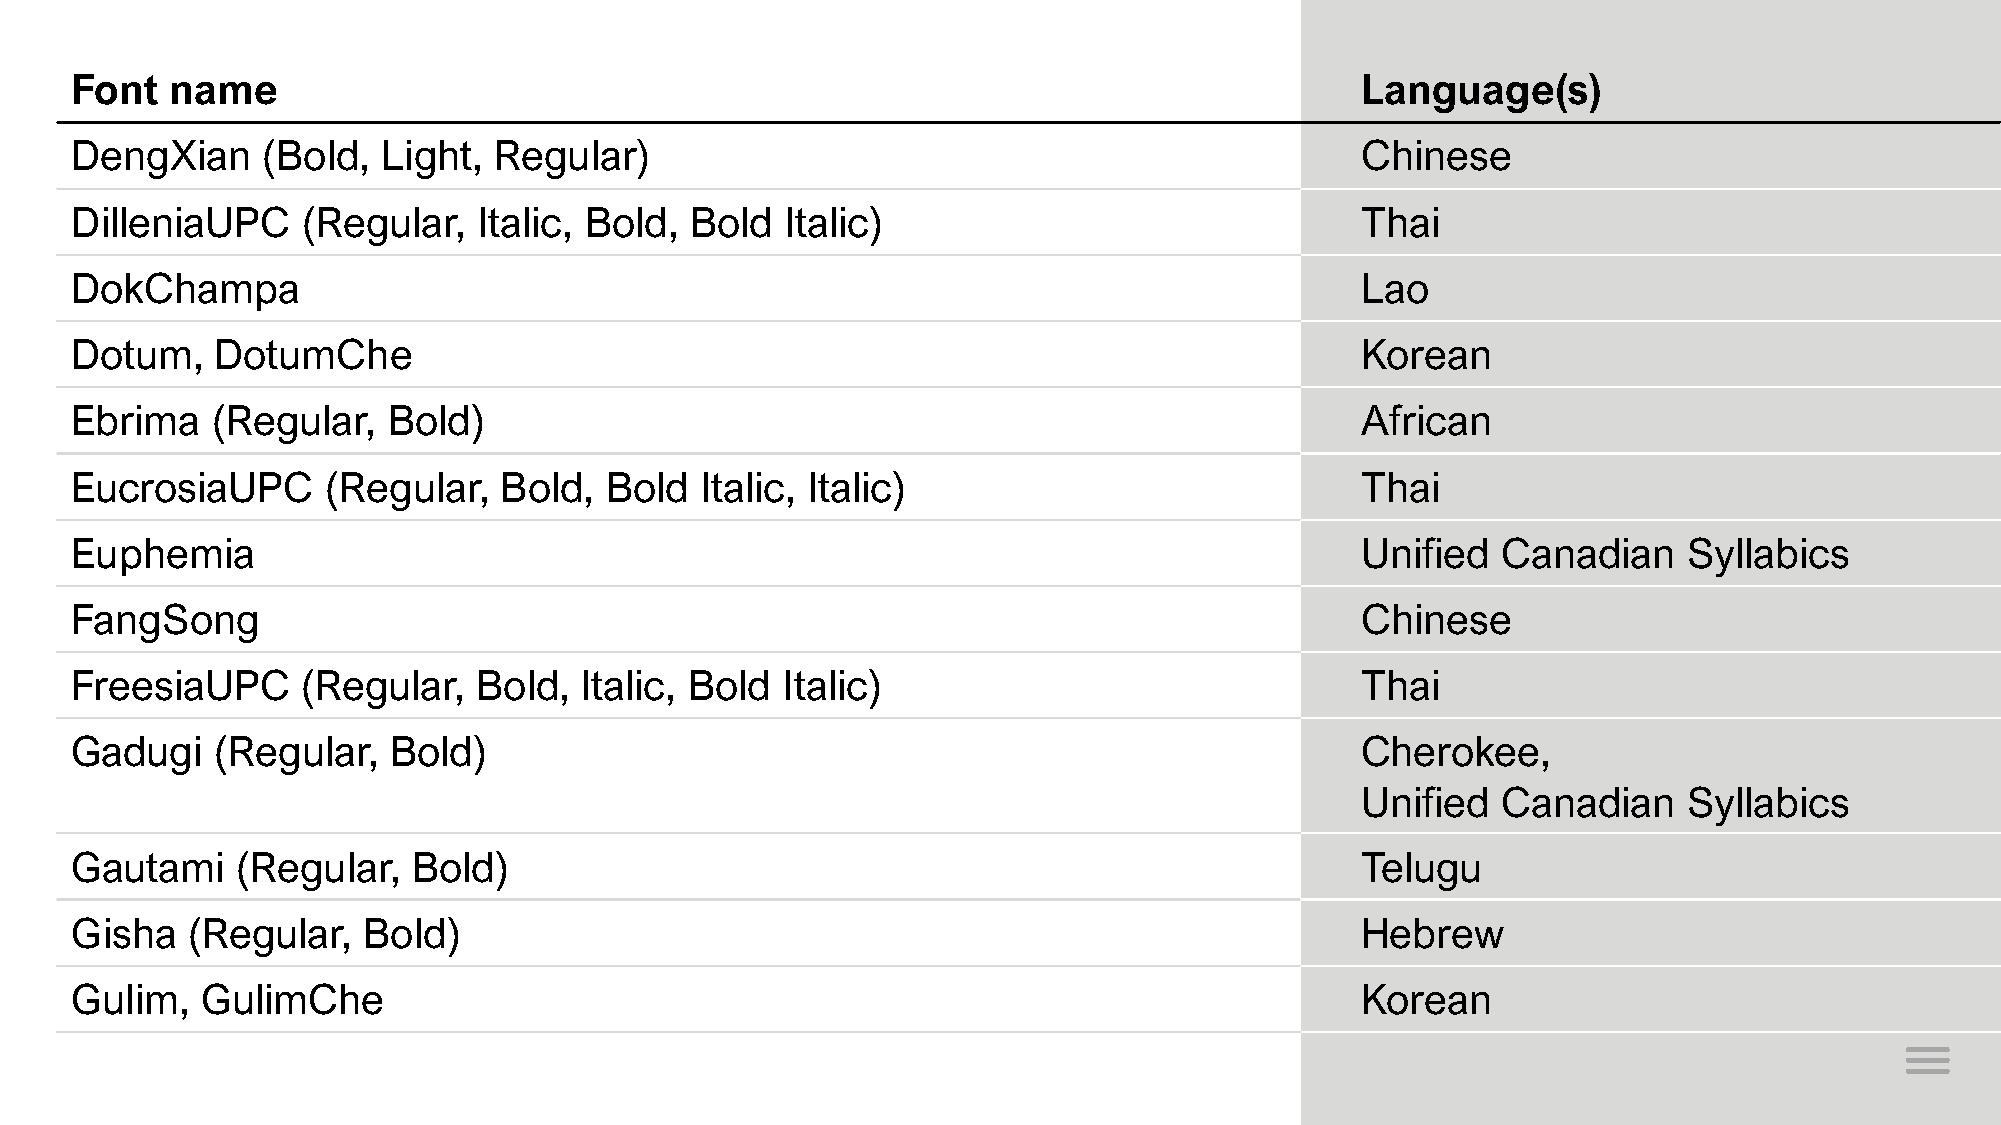
Font  name                                                                           Language(s)
 DengXian    (Bold,  Light,  Regular)                                                 Chinese
 DilleniaUPC    (Regular,   Italic, Bold, Bold  Italic)                               Thai
 DokChampa                                                                            Lao
 Dotum,   DotumChe                                                                    Korean
 Ebrima   (Regular,   Bold)                                                           African
 EucrosiaUPC      (Regular,  Bold,  Bold  Italic, Italic)                             Thai
 Euphemia                                                                             Unified  Canadian     Syllabics
 FangSong                                                                             Chinese
 FreesiaUPC     (Regular,   Bold, Italic, Bold  Italic)                               Thai
 Gadugi   (Regular,   Bold)                                                           Cherokee,
 Unified  Canadian     Syllabics
 Gautami    (Regular,  Bold)                                                          Telugu
 Gisha  (Regular,   Bold)                                                             Hebrew
 Gulim,  GulimChe                                                                     Korean